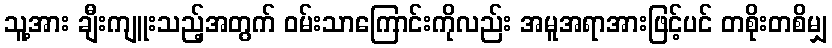
သူ့အား ချီးကျူးသည့်အတွက် ဝမ်းသာကြောင်းကိုလည်း အမူအရာအားဖြင့်ပင် တစိုးတစိမျှ